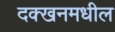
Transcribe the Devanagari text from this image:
दक्खनमधील